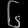
Digit: ၆